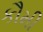
કૌમી